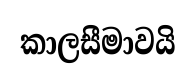
කාලසීමාවයි